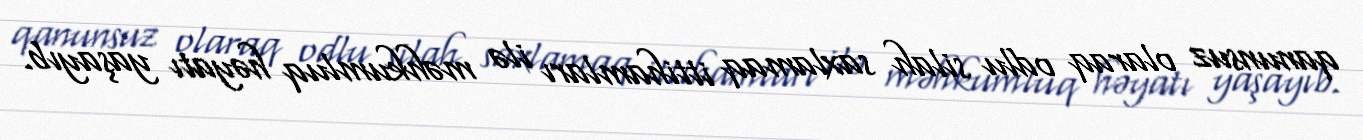
qanunsuz olaraq odlu silah saxlamaq ittihamları ilə məhkumluq həyatı yaşayıb.